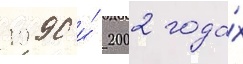
1990 и́ 2002 года́х